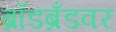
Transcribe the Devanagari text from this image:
ब्रॉडब्रँडवर